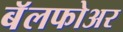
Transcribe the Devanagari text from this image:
बॅलफोअर